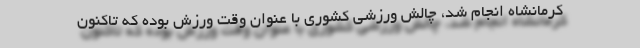
کرمانشاه انجام شد، چالش ورزشی کشوری با عنوان وقت ورزش بوده که تاکنون